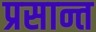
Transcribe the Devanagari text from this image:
प्रसान्त